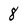
Character: 8